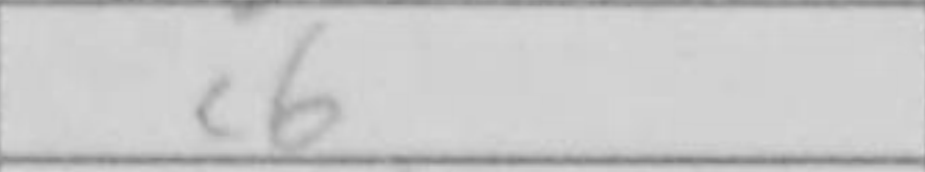
Transcription: c6